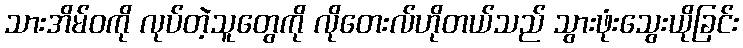
သားအိမ်ဝကို လုပ်တဲ့သူတွေကို လိုတေးလ်ဟိုတယ်သည် သွားဖုံးသွေးယိုခြင်း